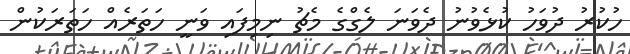
ހުކުރު ދުވަހު ކުޅެވުނު ދެވަނަ ލެގްގެ މެޗު ނިމިފައި ވަނީ ހަތަރެއް ހަތަރަކުން